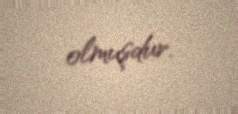
olmuşdur.